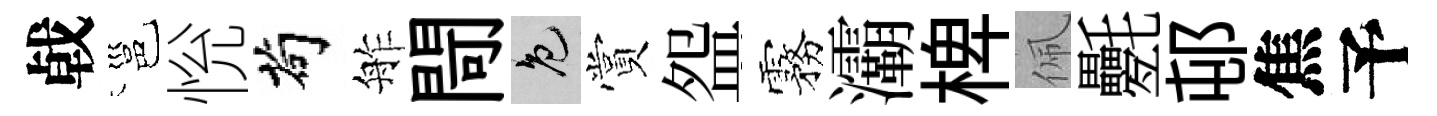
㦸邕恱茍舴閜色賞盌霧灞椑佩氎邨焦予